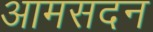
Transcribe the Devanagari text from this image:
आमसदन